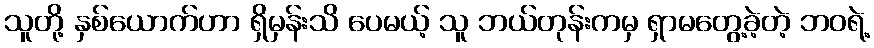
သူတို့ နှစ်ယောက်ဟာ ရှိမှန်းသိ ပေမယ့် သူ ဘယ်တုန်းကမှ ရှာမတွေ့ခဲ့တဲ့ ဘဝရဲ့